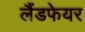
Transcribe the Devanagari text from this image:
लैंडफेयर